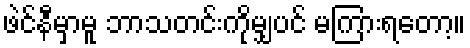
ဖဲင်နီမှာမူ ဘာသတင်းကိုမျှပင် မကြားရတော့။